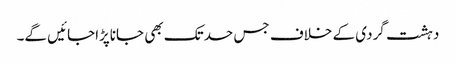
دہشت گردی کے خلاف جس حدتک بھی جاناپڑاجائیں گے۔